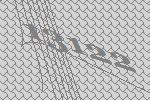
13122